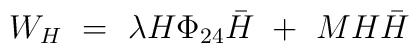
W_H\ =\ \lambda	H\Phi _{24} {\bar H}\ +\ MH{\bar H}